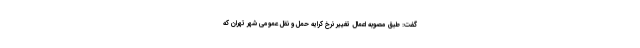
گفت: طبق مصوبه اعمال تغییر نرخ کرایه حمل و نقل عمومی شهر تهران که